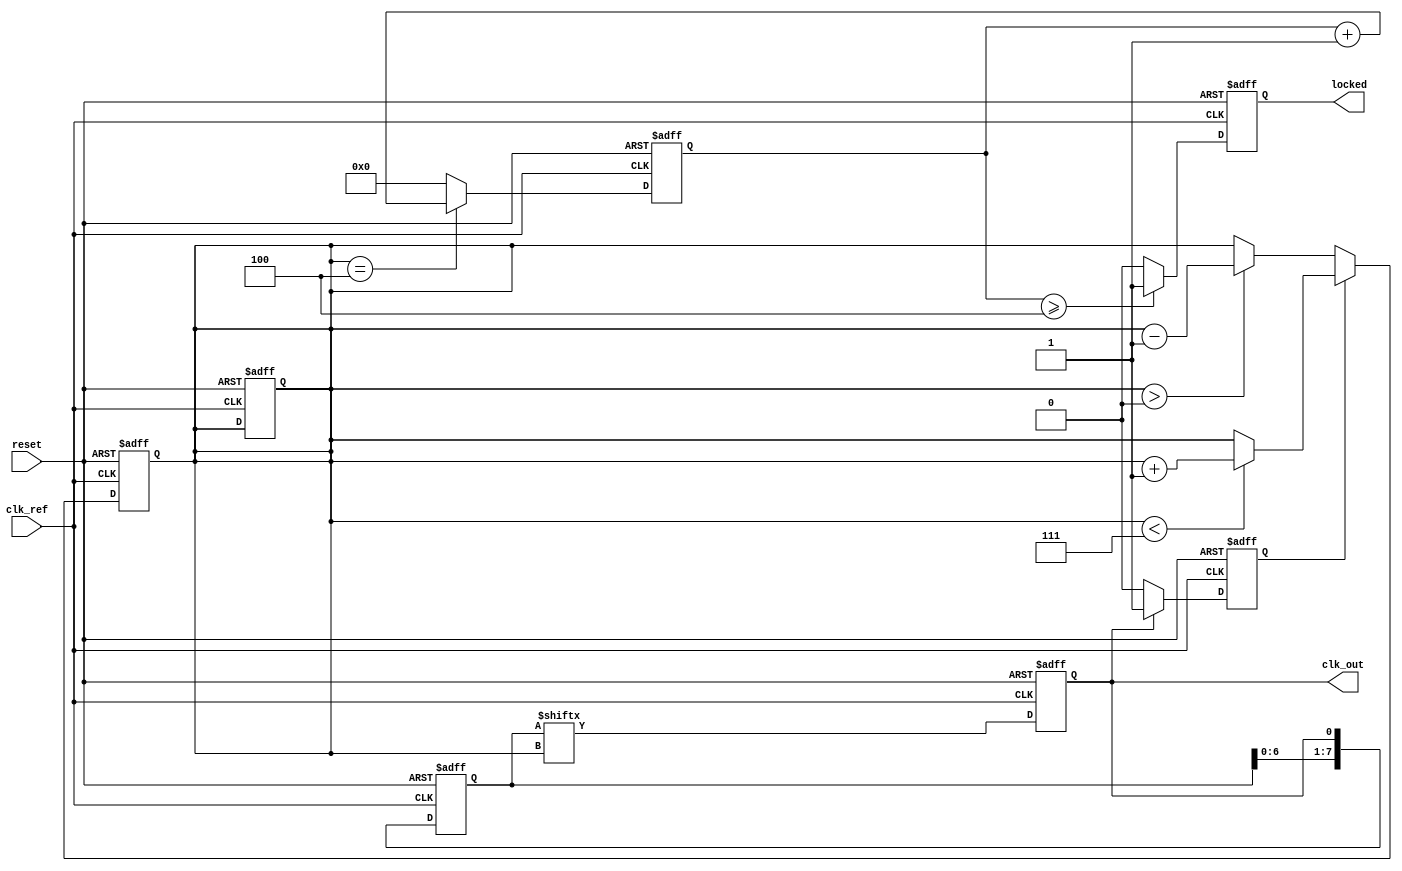
module MemoryBlocksDLL (
    input wire clk_ref,            // Reference clock input
    input wire reset,              // Asynchronous reset
    output reg clk_out,            // Output clock
    output reg locked              // Lock status output
);

    // Parameters
    parameter NUM_DELAY_BLOCKS = 8; // Number of delay blocks
    parameter DELAY_STEP = 1;         // Delay step in clock cycles

    // Internal signals
    reg [NUM_DELAY_BLOCKS-1:0] delay_line; // Delay line memory blocks
    reg [2:0] delay_index;                 // Current delay index
    reg phase_error;                        // Phase error signal
    reg [3:0] lock_counter;                 // Lock detection counter

    // Phase Detector
    always @(posedge clk_ref or posedge reset) begin
        if (reset) begin
            phase_error <= 0;
        end else begin
            // Compare reference clock with delayed clock
            if (clk_out) begin
                phase_error <= 1; // Output clock is leading
            end else begin
                phase_error <= 0; // Output clock is lagging
            end
        end
    end

    // Delay Line
    always @(posedge clk_ref or posedge reset) begin
        if (reset) begin
            delay_line <= 0;
            delay_index <= 0;
            clk_out <= 0;
        end else begin
            // Shift delay line
            delay_line <= {delay_line[NUM_DELAY_BLOCKS-2:0], clk_out};
            // Update output clock based on current delay index
            clk_out <= delay_line[delay_index];
        end
    end

    // Control Circuit
    always @(posedge clk_ref or posedge reset) begin
        if (reset) begin
            delay_index <= 0;
            lock_counter <= 0;
            locked <= 0;
        end else begin
            // Adjust delay index based on phase error
            if (phase_error) begin
                // Increment delay index
                if (delay_index < NUM_DELAY_BLOCKS - 1) begin
                    delay_index <= delay_index + DELAY_STEP;
                end
            end else begin
                // Decrement delay index
                if (delay_index > 0) begin
                    delay_index <= delay_index - DELAY_STEP;
                end
            end
            
            // Lock detection logic
            if (delay_index == (NUM_DELAY_BLOCKS / 2)) begin
                lock_counter <= lock_counter + 1;
            end else begin
                lock_counter <= 0;
            end
            
            // Set locked status
            if (lock_counter >= 4) begin
                locked <= 1; // DLL is locked
            end else begin
                locked <= 0; // DLL is not locked
            end
        end
    end

endmodule